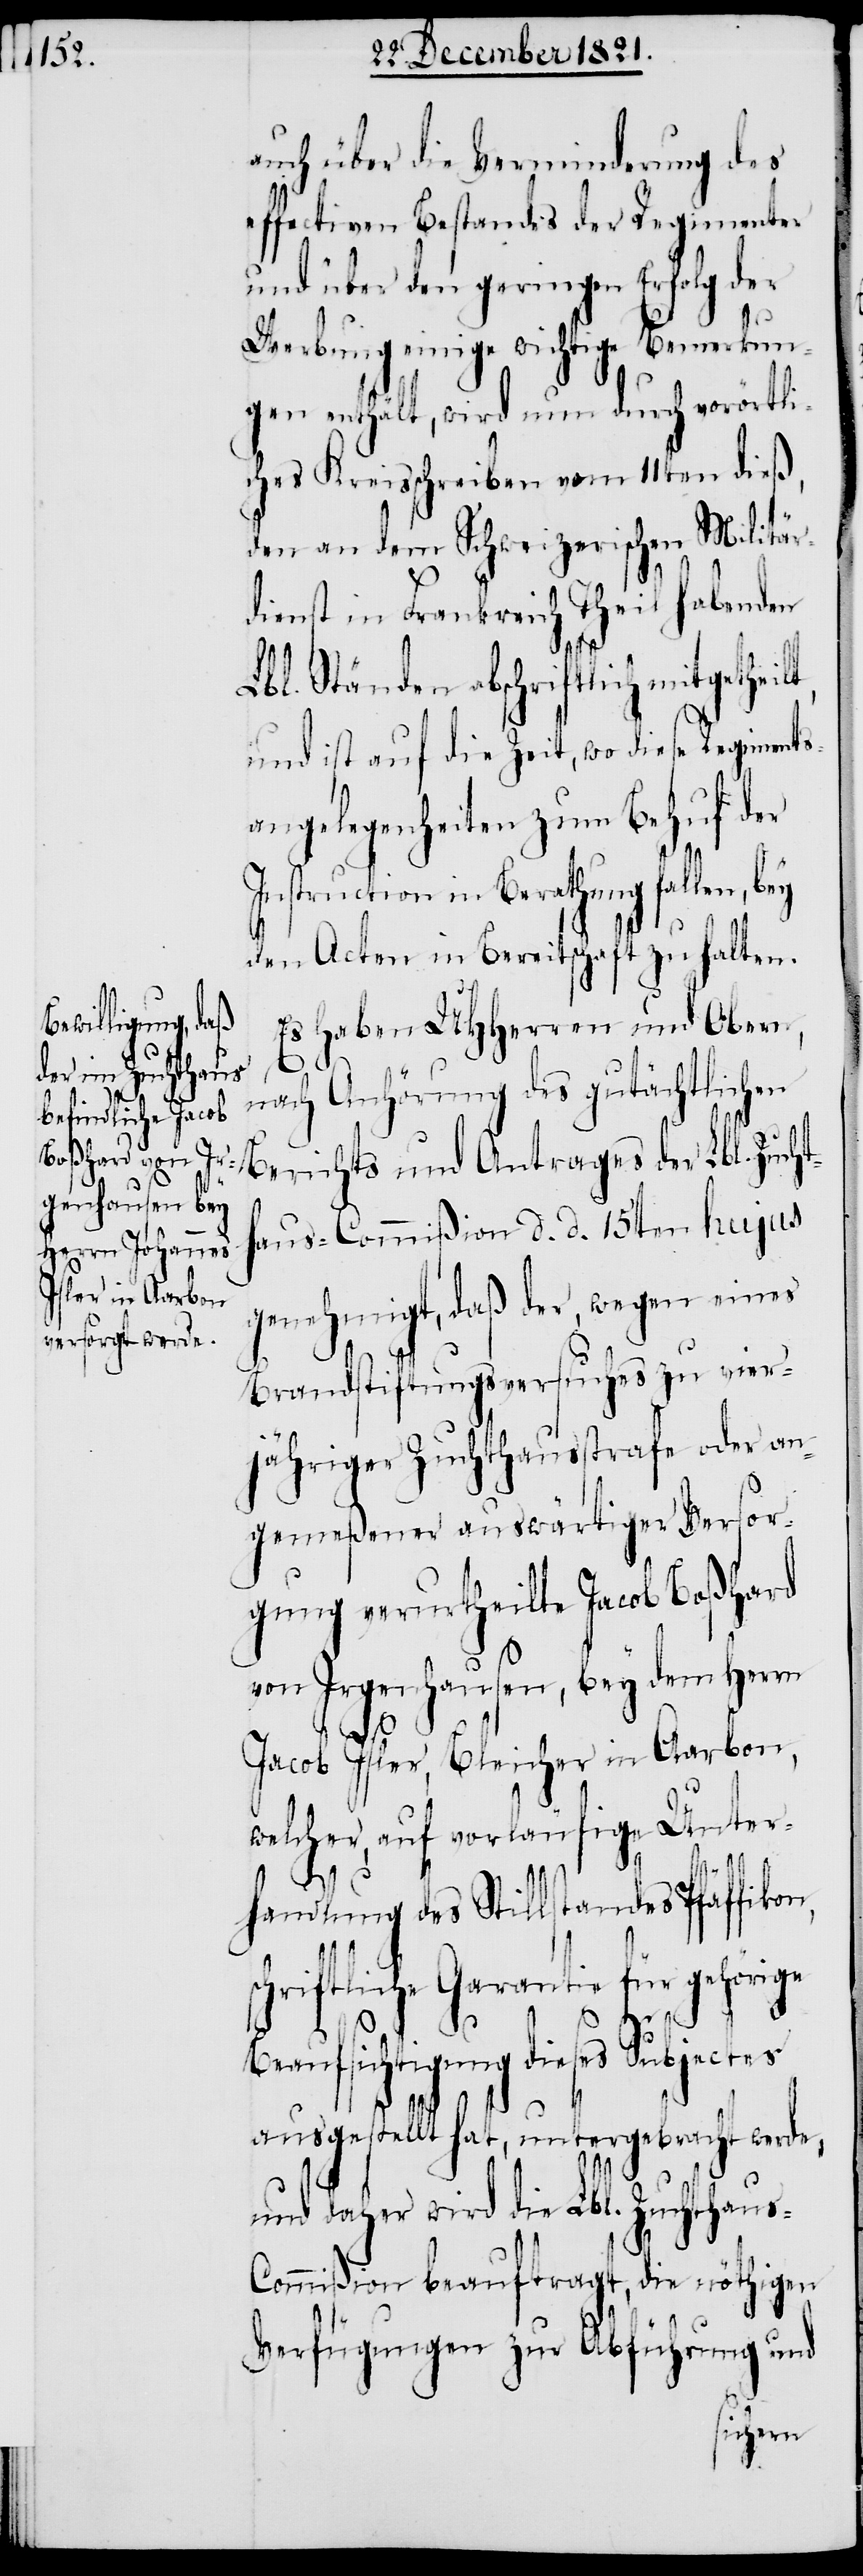
auch über die Verminderung des
effectiven Bestandes der Regimenter
und über den geringen Erfolg der
Werbung einige wichtige Bemerkun¬
gen enthält, wird nun durch vorörtli¬
ches Kreisschreiben vom 11ten dieß,
den an dem Schweizerischen Militär¬
dienst in Frankreich Theil habenden
Lbl. Ständen abschriftlich mitgethei¬
und ist auf die Zeit, wo diese Regiments¬
angelegenheiten zum Behuf der
Instruction in Berathung fallen,
den Acten in Bereitschaft zu halten.
Es haben UHHerren und Obern,
nach Anhörung des gutächtlichen
Berichts und Antrages der Lbl. Zucht¬
haus-Commißion d. d. 15ten hujus
genehmigt, daß der, wegen eines
Brandstiftungsversuches zu vier¬
jähriger Zuchthausstrafe oder an¬
gemeßener auswärtiger Versor¬
gung verurtheilte Jacob Boßhard
von Irgenhausen, bey dem Herrn
Jacob Isler, Bleicher in Aarbon,
welcher, auf vorläufige Unter¬
handlung des Stillstandes Pfäffikon,
s¬
chriftliche Garantie für gehörige
Beaufsichtigung dieses Subjectes
ausgestellt hat, untergebracht werde,
und daher wird die Lbl. Zuchthaus-C¬
ommißion beauftragt, die nöthigen
Verfügungen zur Abführung und